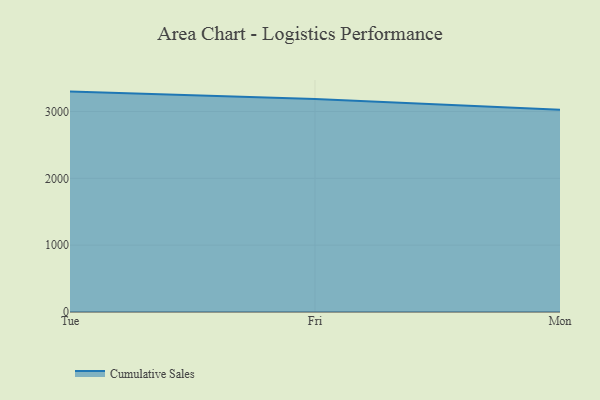
{"axis": {"x": "Day", "y": "Latency (ms)"}, "legend": ["Cumulative Sales"], "data": [{"x": "Tue", "y": 3297.8, "type": "Cumulative Sales"}, {"x": "Fri", "y": 3186.8, "type": "Cumulative Sales"}, {"x": "Mon", "y": 3024.8, "type": "Cumulative Sales"}]}